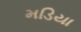
મડિયા